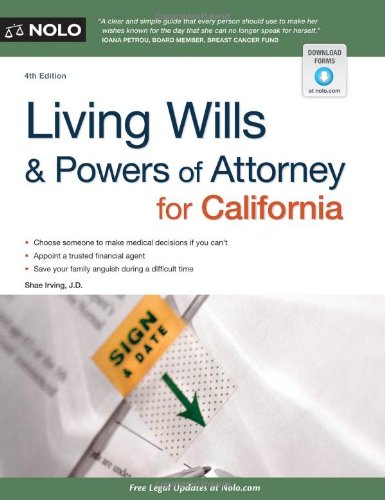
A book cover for Living Wills and Powers of Attorney for California (Living Wills & Powers of Attorney for California); Shae Irving; Law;